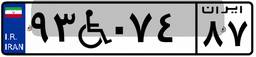
۹۳W۰۷۴۸۷